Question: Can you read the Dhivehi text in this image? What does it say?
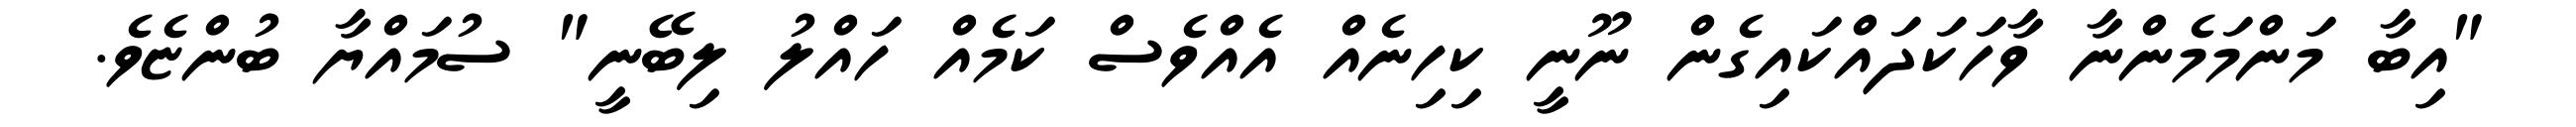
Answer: "އިބާ މަންމަމެންނާ ވާހަކަދައްކައިގެން ނޫނީ ކިހިނެއް އެއްވެސް ކަމެއް ހައްލު ލިބޭނީ" ސުމައްޔާ ބުންޏެވެ.